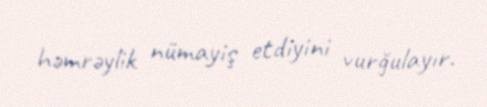
həmrəylik nümayiş etdiyini vurğulayır.